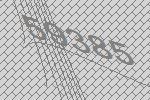
59385